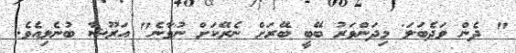
" ދެން ވަދެބަލަ' މިދަންވަރު ބޭބީ ބޭރަށް ނެރޭކަށް ނުވާނެ" އަރޫޝާ ބުނެލިއެވެ.